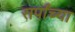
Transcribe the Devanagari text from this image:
सर्पांच्या